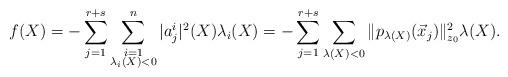
LaTeX: \begin{align*}f(X)= -\sum_{j=1}^{r+s} \sum_{\substack{i=1 \\ \lambda_i (X) <0} }^n |a_j^i|^2(X) \lambda_i(X)= - \sum_{j=1}^{r+s} \sum_{\lambda (X) <0 } \|p_{ \lambda(X)}(\vec{x}_j)\|^2_{z_0} \lambda(X).\end{align*}